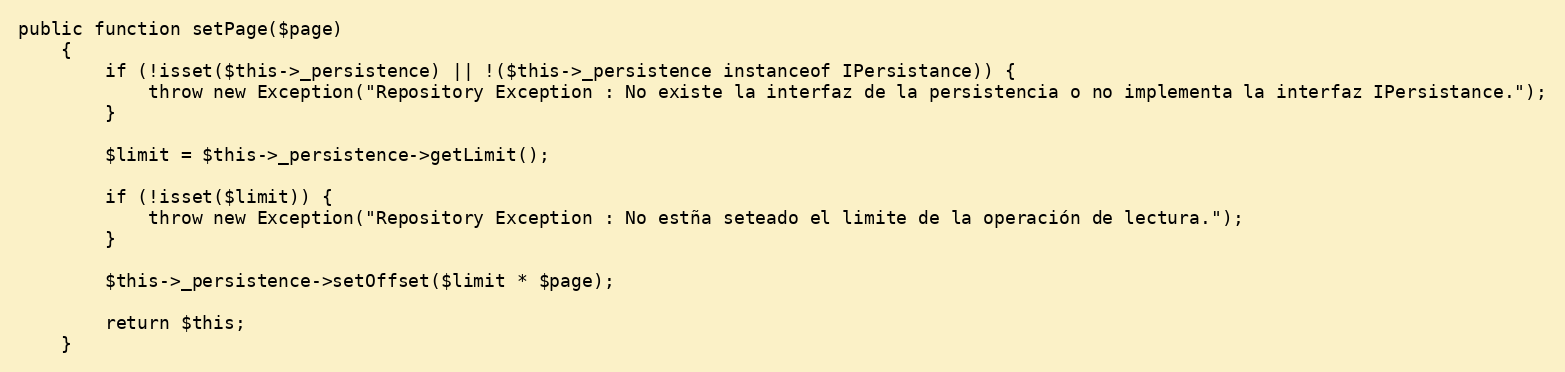
Language: PHP
public function setPage($page)
    {
        if (!isset($this->_persistence) || !($this->_persistence instanceof IPersistance)) {
            throw new Exception("Repository Exception : No existe la interfaz de la persistencia o no implementa la interfaz IPersistance.");
        }

        $limit = $this->_persistence->getLimit();

        if (!isset($limit)) {
            throw new Exception("Repository Exception : No estña seteado el limite de la operación de lectura.");
        }

        $this->_persistence->setOffset($limit * $page);

        return $this;
    }